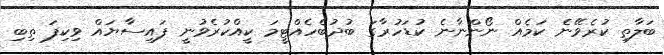
ބަލާތި ކުރެވޭނެ ކަމެއް ނޯންނާނެ ކުޑަހުރާގަ ބުދުބެހެއްޓީމަ ކީއްކުރެވުނީ ފައިސާޔައް ވިކިފަ ތިބި